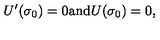
U ^ { \prime } ( \sigma _ { 0 } ) = 0 \mathrm { a n d } U ( \sigma _ { 0 } ) = 0 ,